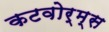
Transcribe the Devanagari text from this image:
कटवोर्म्स